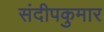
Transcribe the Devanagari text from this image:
संदीपकुमार